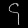
Digit: ၄